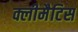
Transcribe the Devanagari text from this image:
क्लीमैटिस